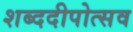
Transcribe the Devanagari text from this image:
शब्ददीपोत्सव